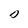
Character: D